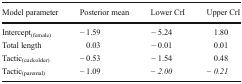
<table><thead><tr><td><b>Model parameter</b></td><td><b>Posterior mean</b></td><td><b>Lower CrI</b></td><td><b>Upper CrI</b></td></tr></thead><tbody><tr><td>Intercept<sub>(female)</sub></td><td>− 1.59</td><td>− 5.24</td><td>1.80</td></tr><tr><td>Total length</td><td>0.03</td><td>− 0.01</td><td>0.01</td></tr><tr><td>Tactic<sub>(cuckolder)</sub></td><td>− 0.53</td><td>− 1.54</td><td>0.48</td></tr><tr><td>Tactic<sub>(parental)</sub></td><td>− 1.09</td><td><i>− 2.00</i></td><td><i>− 0.21</i></td></tr></tbody></table>